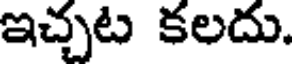
ఇచ్చట కలదు.